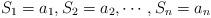
LaTeX: \begin{align*}S_1=a_1, S_2=a_2, \cdots, S_n=a_n\end{align*}